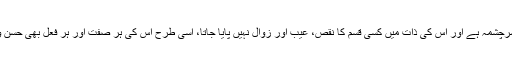
جس طرح سے خدا کی ذات حسن و کمال کا منبع و سرچشمہ ہے اور اس کی ذات میں کسی قسم کا نقص، عیب اور زوال نہیں پایا جاتا، اسی طرح اس کی ہر صفت اور ہر فعل بھی حسن و کمال کا مصداق اور ہر عیب و نقص سے مبرا ہے۔